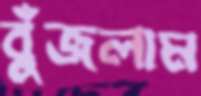
বুঁজলাম